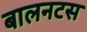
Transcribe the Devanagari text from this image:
बालनटस